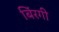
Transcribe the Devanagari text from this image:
बिंरगी